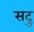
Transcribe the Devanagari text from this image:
सदु